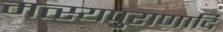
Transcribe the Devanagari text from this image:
मत्स्यपुराणादि